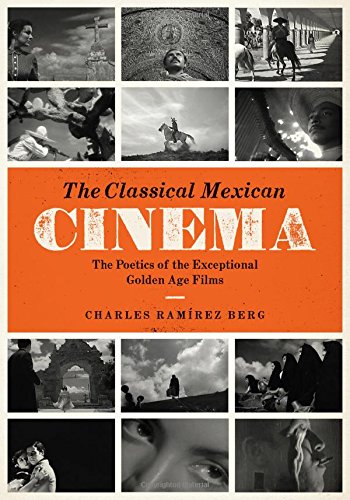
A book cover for The Classical Mexican Cinema: The Poetics of the Exceptional Golden Age Films (Texas Film and Media Studies); Charles RamÃ­rez Berg; Humor & Entertainment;